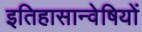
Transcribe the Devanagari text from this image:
इतिहासान्वेषियों